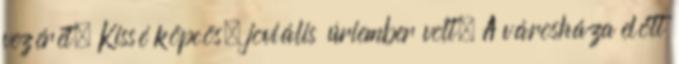
vezérét. Kissé köpcös, joviális úriember volt. A városháza előtt